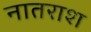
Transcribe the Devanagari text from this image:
नातराश